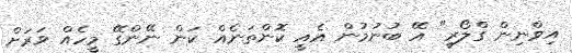
އިވްނިން ގްލޯރީ" އޭ ބުނުމުން އެއީ ކޮންތަނެއް ކަން ނޭންގޭ މީހެއް ވަރަށް